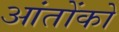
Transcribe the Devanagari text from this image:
आंतोंको